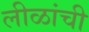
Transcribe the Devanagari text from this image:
लीळांची